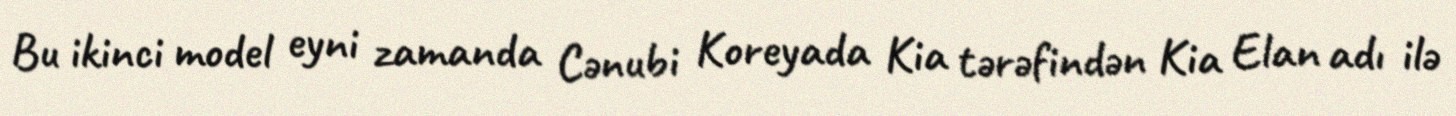
Bu ikinci model eyni zamanda Cənubi Koreyada Kia tərəfindən Kia Elan adı ilə